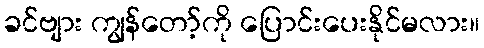
ခင်ဗျား ကျွန်တော့်ကို ပြောင်းပေးနိုင်မလား။